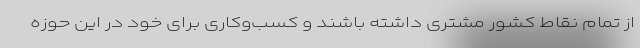
از تمام نقاط کشور مشتری داشته باشند و کسب‌وکاری برای خود در این حوزه